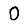
Digit: 0